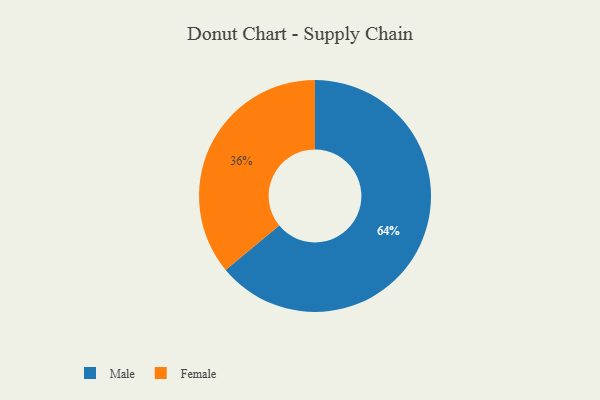
{"axis": {"x": "Category", "y": "Percentage"}, "legend": ["Female", "Male"], "data": [{"x": "Male", "y": 64, "type": "Male"}, {"x": "Female", "y": 36, "type": "Female"}]}